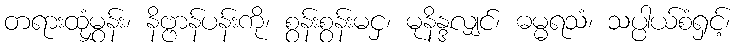
တရားထုံမွှန်း၊ နိဗ္ဗာန်ပန်းကို၊ စွန်းစွန်းမငှ၊ မုနိန္ဒလျှင်၊ ဓမ္မရသံ၊ သပ္ပါယ်စံရှင့်၊